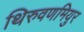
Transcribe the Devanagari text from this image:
थिरुवणमियुर